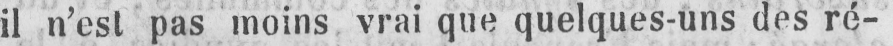
il n’est pas moins vrai que quelques-uns des ré-